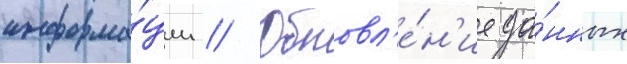
информа́ции // Обновл'е́н'ие да́нных